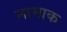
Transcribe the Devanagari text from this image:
नामाक